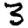
Digit: 3